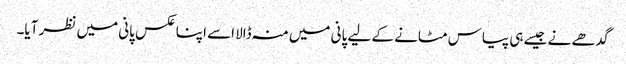
گدھے نے جیسے ہی پیاس مٹانے کے لیے پانی میں منہ ڈالا اسے اپنا عکس پانی میں نظر آیا۔